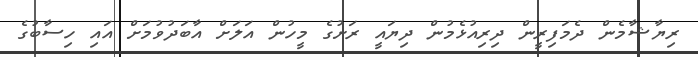
ރިޔާޝާމެން ދެމަފިރީން ދިރިއުޅެމުން ދިޔައީ ރަށުގެ މީހުން އަލަށް އާބަދުވުމަށް އައި ހިސާބުގެ